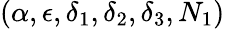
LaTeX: (\alpha,\epsilon,\delta_{1},\delta_{2},\delta_{3},N_{1})